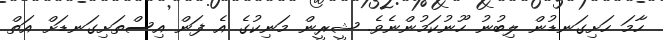
ހާމަ ހަށިގަނޑުން ލިބުނު ހޫނުކަމުންނެވެ. ޝީރީން މަނިކުގެ އެ ފަން އިސްތަށިގަނޑަށް އަތް